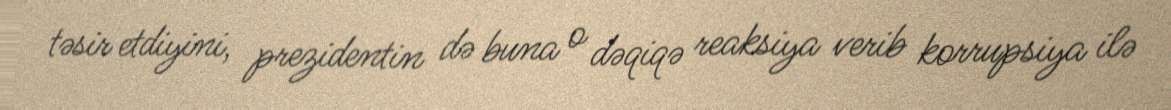
təsir etdiyini, prezidentin də buna o dəqiqə reaksiya verib korrupsiya ilə